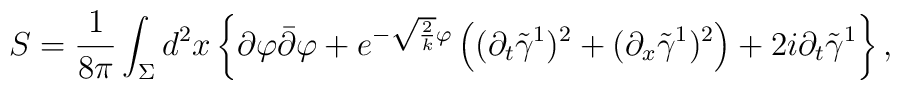
S=\frac{1}{8\pi}\int_{\Sigma}d^2x\left\{   \partial\varphi\bar{\partial}\varphi  +e^{-\sqrt{\frac{2}{k}}\varphi}\left((\partial_t \tilde{\gamma}^1)^2+ (\partial_x \tilde{\gamma}^1)^2 \right) + 2i \partial_t \tilde{\gamma}^1   \right\} ,